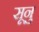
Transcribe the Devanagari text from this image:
सूनु